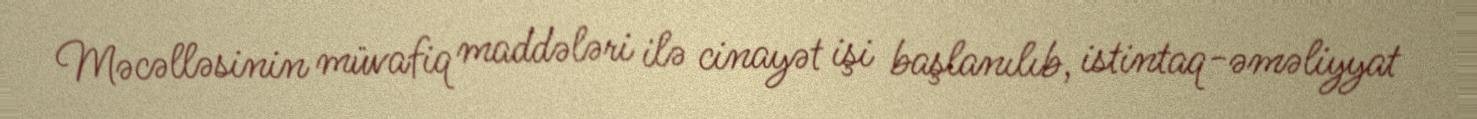
Məcəlləsinin müvafiq maddələri ilə cinayət işi başlanılıb, istintaq-əməliyyat